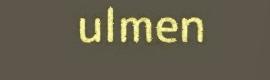
ulmen